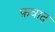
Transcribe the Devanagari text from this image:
फ़वाद